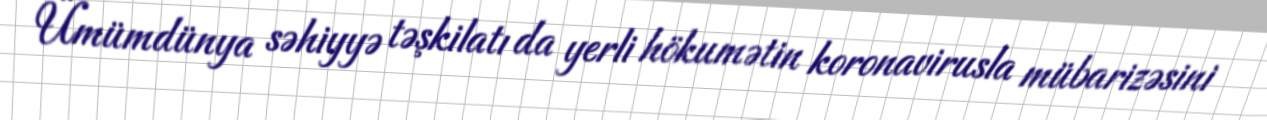
Ümümdünya səhiyyə təşkilatı da yerli hökumətin koronavirusla mübarizəsini